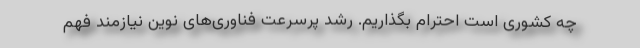
چه کشوری است احترام بگذاریم. رشد پرسرعت فناوری‌های نوین نیازمند فهم